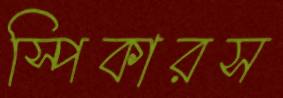
স্পিকারস